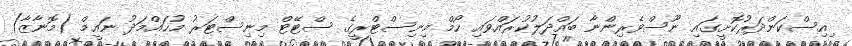
ިއިސްކަންދަރުކޮށީގައި ނޫސްވެރިންނާ ބައްދަލުކުރައްވައި ހޯމް މިނިސްޓްރީގެ ސްޓޭޓް މިނިސްޓަރު މުހައްމަދު ނައީމް (މޮނާޒާ)